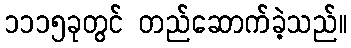
၁၁၁၅ခုတွင် တည်ဆောက်ခဲ့သည်။